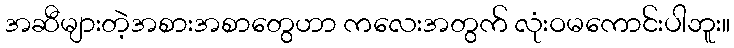
အဆီများတဲ့အစားအစာတွေဟာ ကလေးအတွက် လုံးဝမကောင်းပါဘူး။